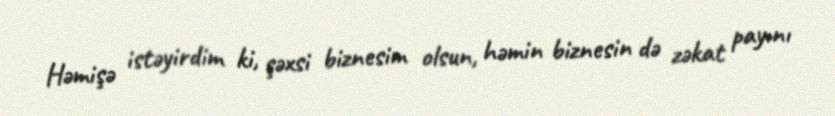
Həmişə istəyirdim ki, şəxsi biznesim olsun, həmin biznesin də zəkat payını